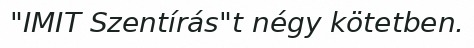
"IMIT Szentírás"t négy kötetben.